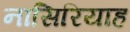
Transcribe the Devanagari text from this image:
नासिरियाह